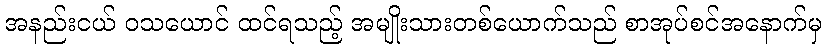
အနည်းငယ် ဝသယောင် ထင်ရသည့် အမျိုးသားတစ်ယောက်သည် စာအုပ်စင်အနောက်မှ